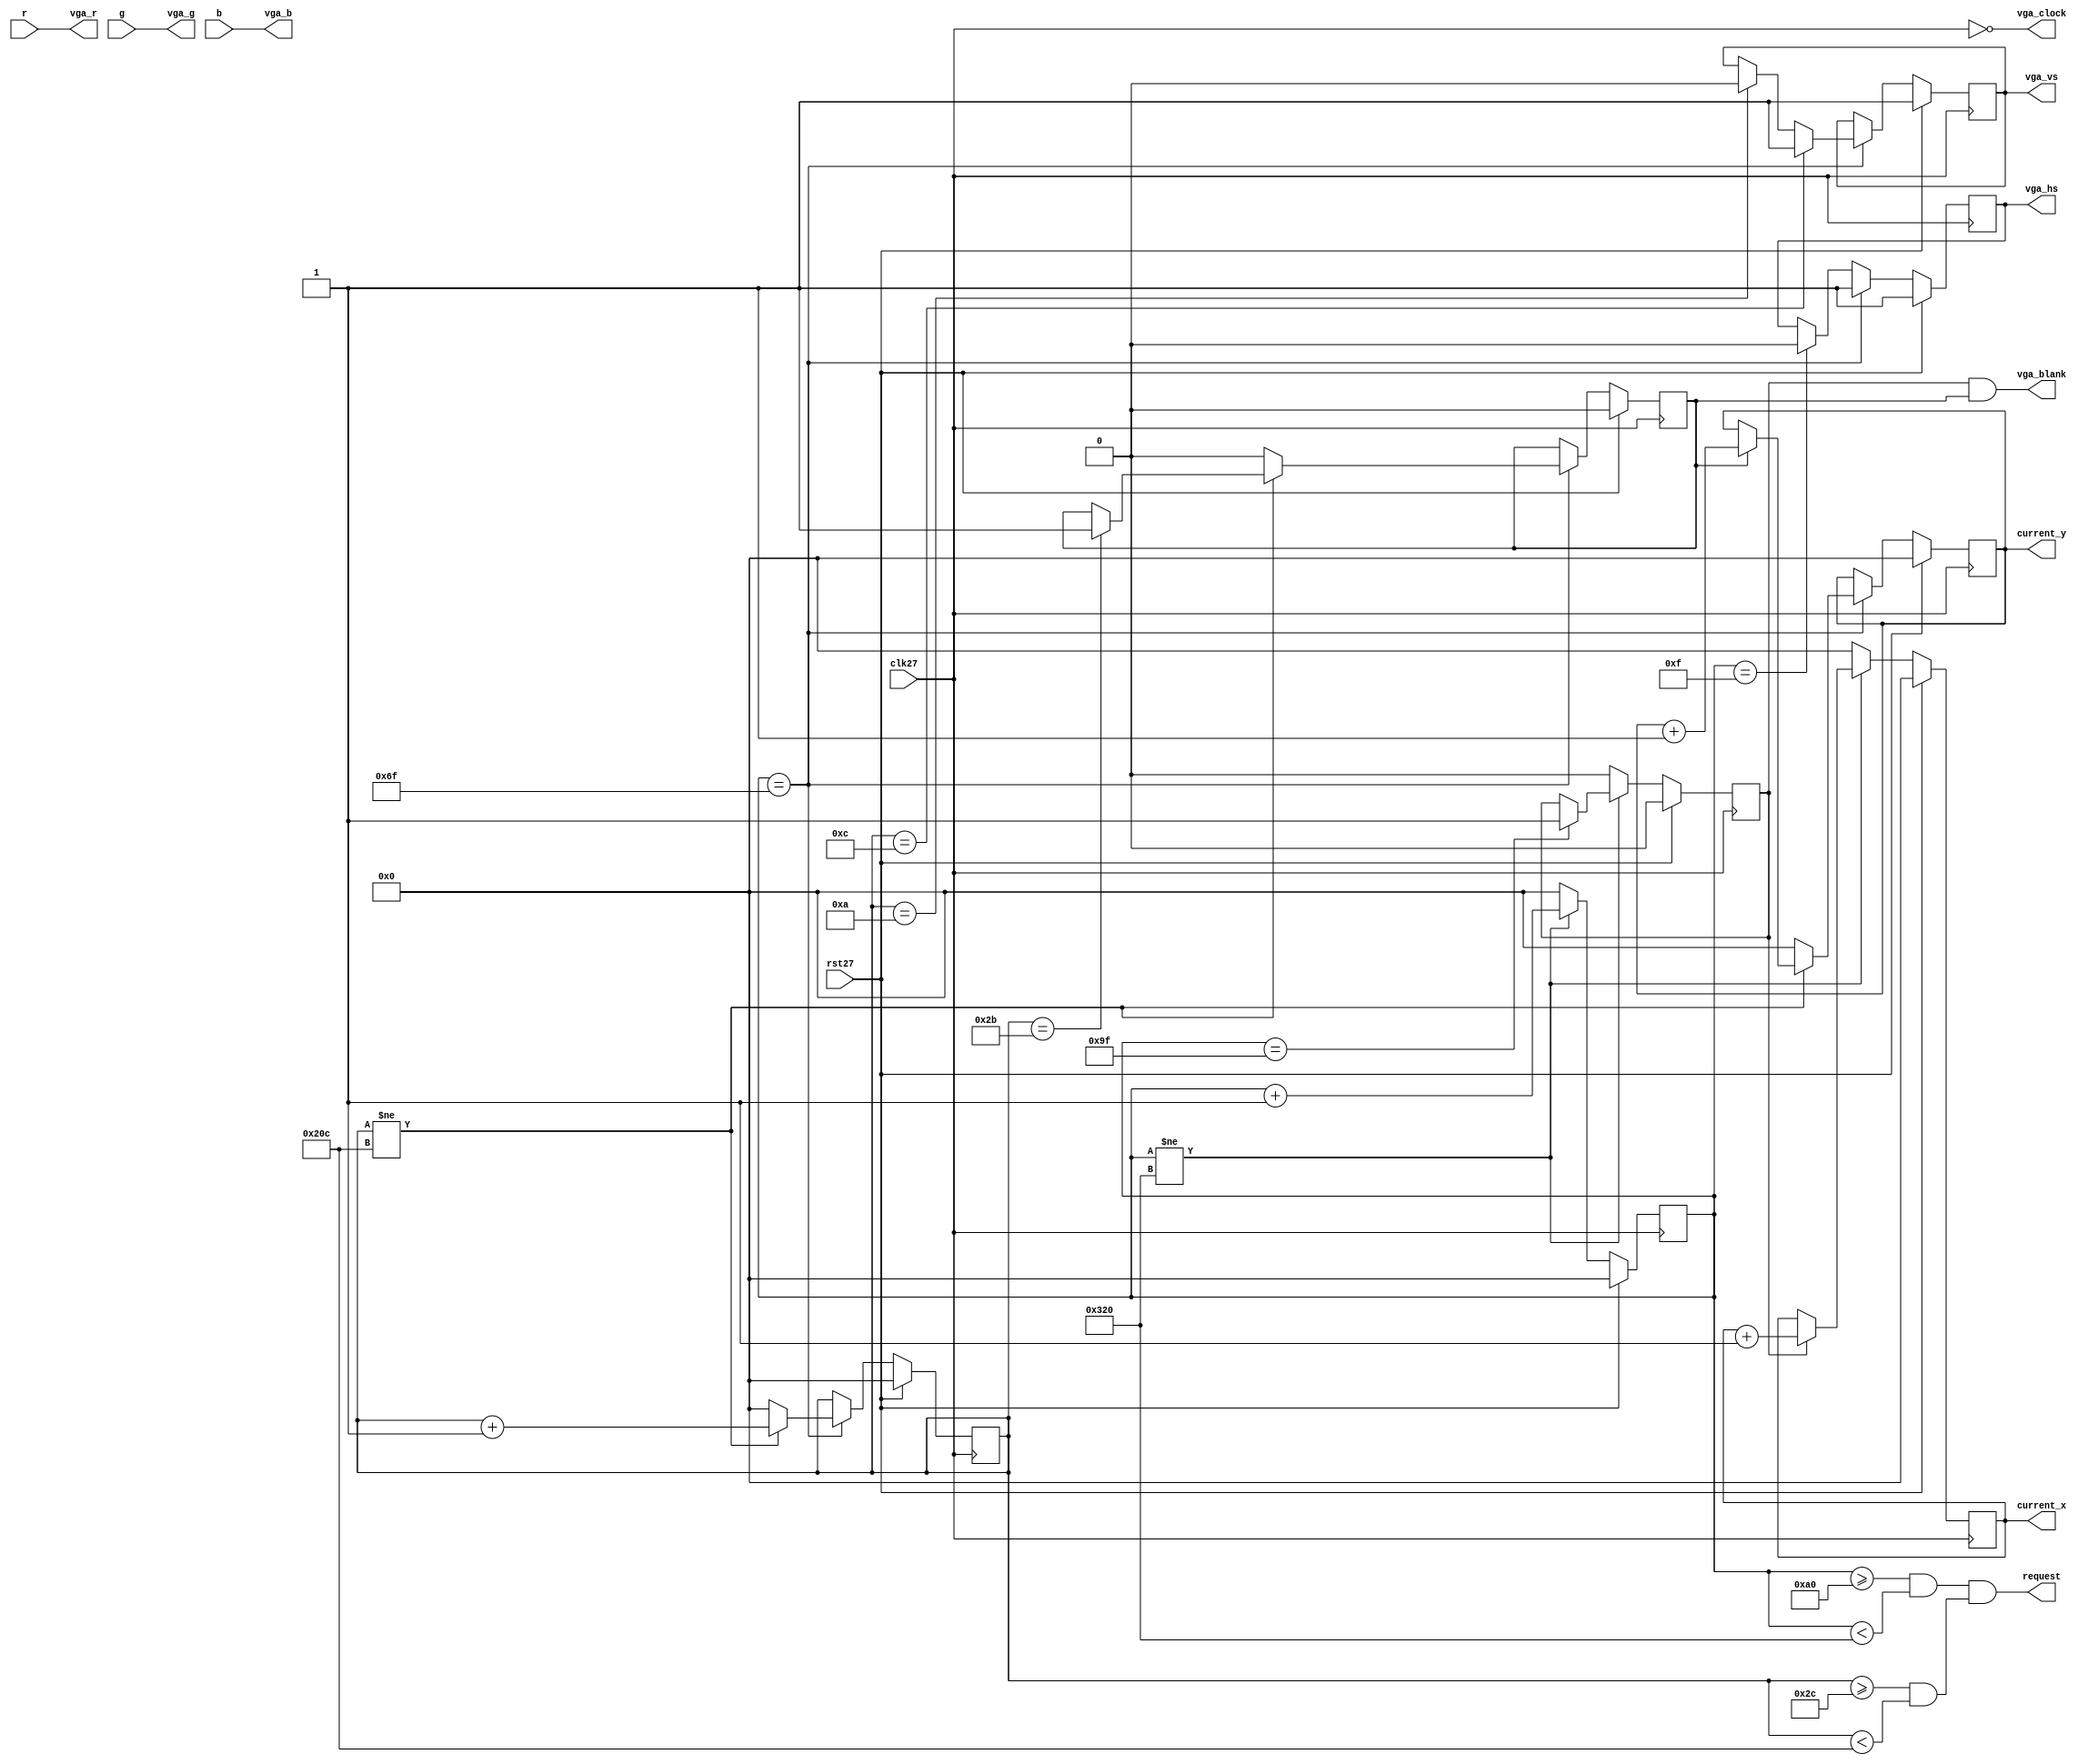
module	vga_driver	(
		r,g,b,
		current_x,current_y,request,
		vga_r,vga_g,vga_b,vga_hs,vga_vs,vga_blank,vga_clock,
		clk27,rst27);

input [9:0]	r,g,b;
output [9:0] current_x;
output [9:0] current_y;
output request;

output [9:0] vga_r, vga_g, vga_b;
output vga_hs, vga_vs, vga_blank, vga_clock;

input clk27, rst27;	

////////////////////////////////////////////////////////////

//	Horizontal	Timing
parameter	H_FRONT	=	16;
parameter	H_SYNC	=	96;
parameter	H_BACK	=	48;
parameter	H_ACT	=	640;
parameter	H_BLANK	=	H_FRONT+H_SYNC+H_BACK;
parameter	H_TOTAL	=	H_FRONT+H_SYNC+H_BACK+H_ACT;

//	Vertical Timing
parameter	V_FRONT	=	11;
parameter	V_SYNC	=	2;
parameter	V_BACK	=	31;
parameter	V_ACT	=	480;
parameter	V_BLANK	=	V_FRONT+V_SYNC+V_BACK;
parameter	V_TOTAL	=	V_FRONT+V_SYNC+V_BACK+V_ACT;

////////////////////////////////////////////////////////////

reg [9:0] h_cntr, v_cntr, current_x, current_y;
reg h_active, v_active, vga_hs, vga_vs;

assign	vga_blank = h_active & v_active;
assign	vga_clock = ~clk27;
assign	vga_r = r;
assign	vga_g = g;
assign	vga_b = b;
assign	request	= ((h_cntr>=H_BLANK && h_cntr<H_TOTAL)	&&
						 (v_cntr>=V_BLANK && v_cntr<V_TOTAL));

always @(posedge clk27) begin
	if(rst27) begin
		h_cntr <= 0;
		v_cntr <= 0;
		vga_hs <= 1'b1;
		vga_vs <= 1'b1;
		current_x <= 0;
		current_y <= 0;
		h_active <= 1'b0;
		v_active <= 1'b0;
	end
	else begin
		if(h_cntr != H_TOTAL) begin
			h_cntr <= h_cntr + 1'b1;
			if (h_active) current_x <= current_x + 1'b1;
			if (h_cntr == H_BLANK-1) h_active <= 1'b1;
		end
		else begin
			h_cntr	<= 0;
			h_active <= 1'b0;
			current_x <= 0;
		end
		
		if(h_cntr == H_FRONT-1) begin
			vga_hs <= 1'b0;
		end		
		
		if (h_cntr == H_FRONT+H_SYNC-1) begin
			vga_hs <= 1'b1;
			
			if(v_cntr != V_TOTAL) begin
				v_cntr <= v_cntr + 1'b1;
				if (v_active) current_y <= current_y + 1'b1;
				if (v_cntr == V_BLANK-1) v_active <= 1'b1;
			end
			else begin
				v_cntr <= 0;
				current_y <= 0;
				v_active <= 1'b0;
			end
			if(v_cntr == V_FRONT-1) vga_vs <= 1'b0;
			if(v_cntr == V_FRONT+V_SYNC-1) vga_vs <= 1'b1;
		end
	end
end

endmodule